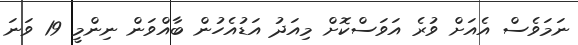
ނަމަވެސް އެއަށް ވުރެ އަވަސްކޮށް މިއަދު އަޑުއެހުން ބާއްވަން ނިންމީ 19 ވަނަ